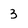
Character: 3